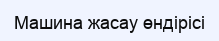
Машина жасау өндірісі